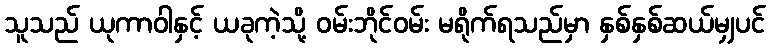
သူသည် ယုကာဝါနှင့် ယခုကဲ့သို့ ဝမ်းဘိုင်ဝမ်း မရိုက်ရသည်မှာ နှစ်နှစ်ဆယ်မျှပင်